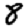
Digit: 8